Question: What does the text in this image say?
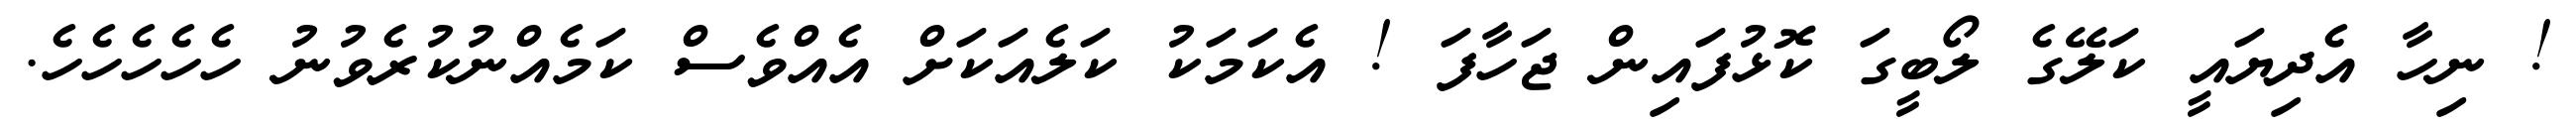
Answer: ! ނިހާ އެދިޔައީ ކަލޭގެ ލޯބީގަ ކޮޅުފައިން ޖަހާފަ ! އެކަމަކު ކަލެއަކަށް އެއްވެސް ކަމެއްނުކުރެވުނު ހެހެހެހެހެ.